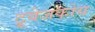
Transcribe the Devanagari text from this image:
ट्रूबेजकोय